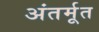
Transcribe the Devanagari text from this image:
अंतर्मूत